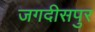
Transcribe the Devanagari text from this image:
जगदीसपुर